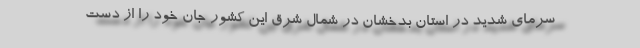
سرمای شدید در استان بدخشان در شمال شرق این کشور جان خود را از دست